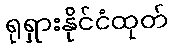
ရုရှားနိုင်ငံထုတ်